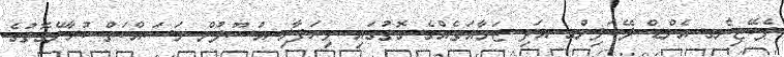
ޕެކޭޖިންގ އެންޑް ލޭބަލިންގ އަދި ޖަމާއަތެއްގެ ގޮތުގައި ވިޔަފާރި އުސޫލުން މަސައްކަތް ކުރާނޭގޮތުގެ